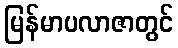
မြန်မာပလာဇာတွင်